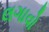
લગાવો